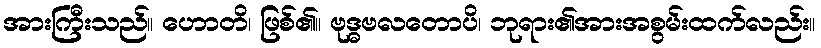
အားကြီးသည်။ ဟောတိ၊ ဖြစ်၏။ ဗုဒ္ဓဗလတောပိ၊ ဘုရား၏အားအစွမ်းထက်လည်း။